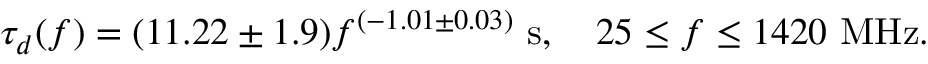
\tau _ { d } ( f ) = ( 1 1 . 2 2 \pm 1 . 9 ) f ^ { ( - 1 . 0 1 \pm 0 . 0 3 ) } ~ \mathrm { s } , \quad 2 5 \le f \le 1 4 2 0 ~ \mathrm { M H z } .